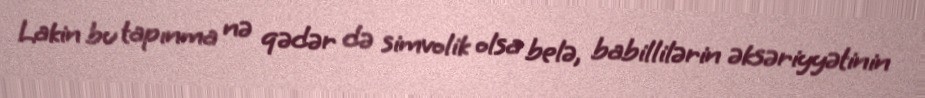
Lakin bu tapınma nə qədər də simvolik olsa belə, babillilərin əksəriyyətinin